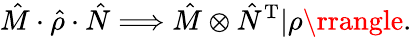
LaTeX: \hat{M}\cdot\hat{\rho}\cdot\hat{N}\Longrightarrow\hat{M}\otimes\hat{N}^{\mathrm{T}}|\rho\rrangle.